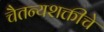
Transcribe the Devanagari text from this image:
चैतन्यशक्तीचे